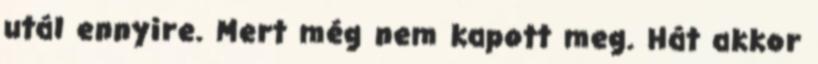
utál ennyire. Mert még nem kapott meg. Hát akkor